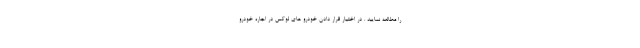
را مطالعه نمایید . در اختیار قرار دادن خودرو های لوکس در اجاره خودرو